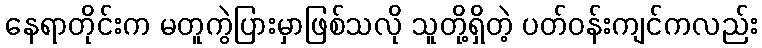
နေရာတိုင်းက မတူကွဲပြားမှာဖြစ်သလို သူတို့ရှိတဲ့ ပတ်ဝန်းကျင်ကလည်း